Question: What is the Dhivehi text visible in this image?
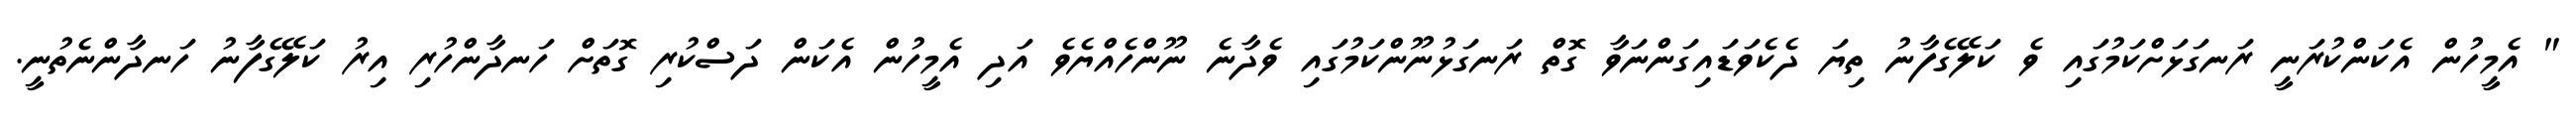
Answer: " އެމީހުން އެކަންކުރަނީ ރަނގަޅަށްކަމުގައި ވެ ކަލޭގެފާނު ތިޔަ ދެކެވަޑައިގަންނަވާ ގޮތް ރަނގަޅުނޫންކަމުގައި ވެދާނެ ނޫންހެއްޔެވެ އަދި އެމީހުން އެކަން ދަސްކުރި ގޮތަށް ހަނދާންހުރި އިރު ކަލޭގެފާނު ހަނދާންނެތުނީ.